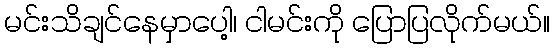
မင်းသိချင်နေမှာပေါ့၊ ငါမင်းကို ပြောပြလိုက်မယ်။